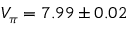
V _ { \pi } = 7 . 9 9 \pm 0 . 0 2